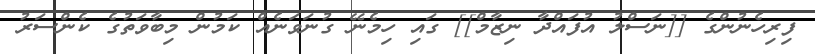
ފިރިހެނުންގެ [[ނަސްލު އުފައްދާ ނިޒާމް]] ގައި ހިމެނޭ ގުނަވަނެއް ކަމުން މިބާވަތުގެ ކެންސަރު